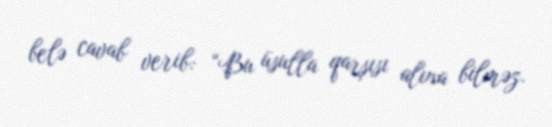
belə cavab verib: “Bu üsulla qarşısı alına bilməz.